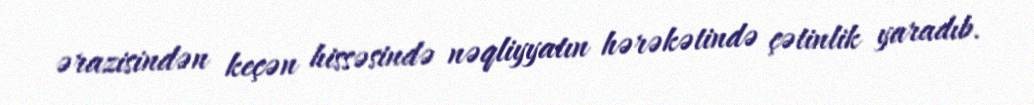
ərazisindən keçən hissəsində nəqliyyatın hərəkətində çətinlik yaradıb.